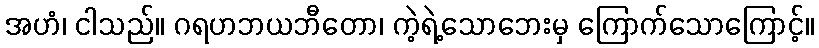
အဟံ၊ ငါသည်။ ဂရဟဘယဘီတော၊ ကဲ့ရဲ့သောဘေးမှ ကြောက်သောကြောင့်။